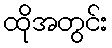
ထိုအတွင်း